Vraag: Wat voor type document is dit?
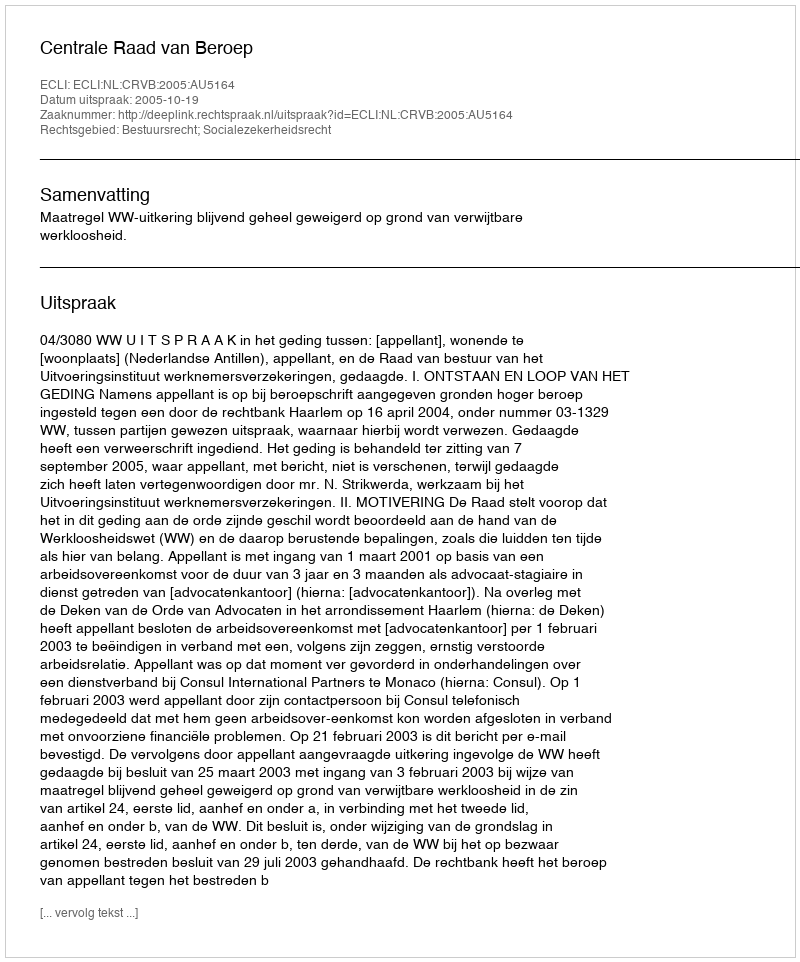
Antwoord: Uitspraak